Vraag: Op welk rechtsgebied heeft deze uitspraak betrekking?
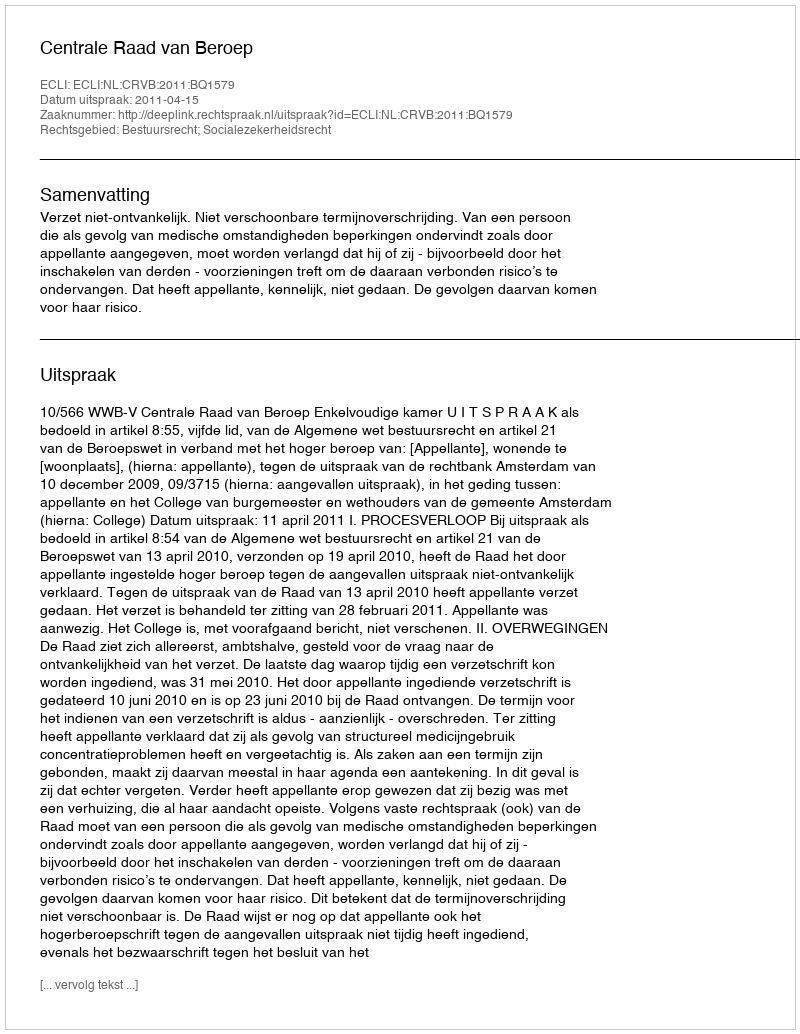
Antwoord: Bestuursrecht; Socialezekerheidsrecht